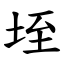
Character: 垤